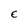
Character: E